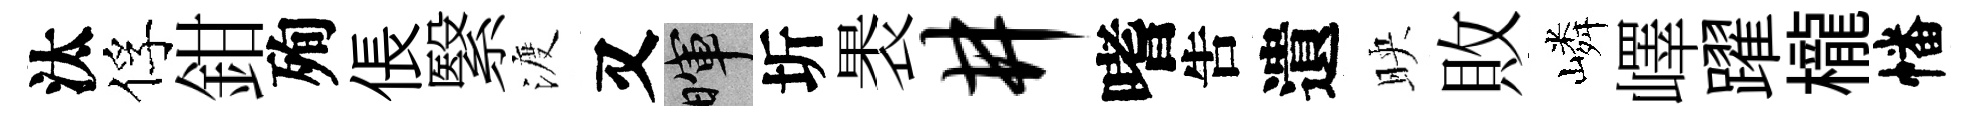
汰俘鉗殉倀繄渡又暉圻褁井嗜吿遺映敗嶙嶧躍櫳幡